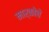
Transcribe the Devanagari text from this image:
मार्कोचे